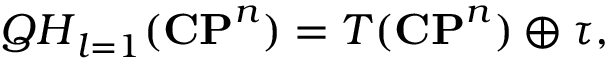
{ \cal Q H } _ { l = 1 } ( { \bf C P } ^ { n } ) = T ( { \bf C P } ^ { n } ) \oplus \tau ,